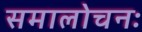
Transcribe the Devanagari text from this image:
समालोचनः